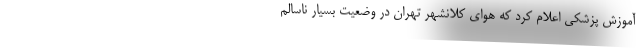
آموزش پزشکی اعلام کرد که هوای کلانشهر تهران در وضعیت بسیار ناسالم